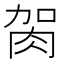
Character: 𦙲